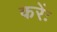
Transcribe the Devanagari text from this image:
करेंः